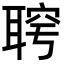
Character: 𦖓